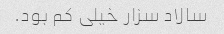
سالاد سزار خیلی کم بود.